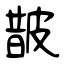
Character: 皵